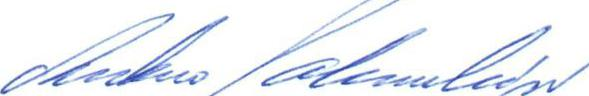
Antero Salmenkivi